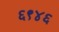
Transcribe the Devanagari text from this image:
६९४६